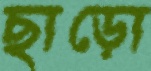
ছাড়ো